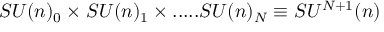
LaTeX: S U ( n ) _ { 0 } \times S U ( n ) _ { 1 } \times . . . . . S U ( n ) _ { N } \equiv S U ^ { N + 1 } ( n )